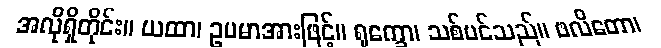
အလိုရှိတိုင်း။ ယထာ၊ ဥပမာအားဖြင့်။ ရုက္ခော၊ သစ်ပင်သည်။ ဖလိတော၊